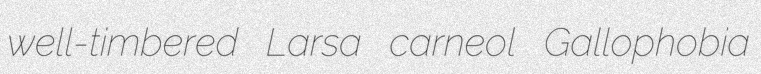
well-timbered Larsa carneol Gallophobia